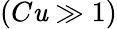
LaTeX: (C\mathit{u}\gg1)